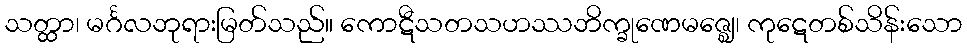
သတ္ထာ၊ မင်္ဂလဘုရားမြတ်သည်။ ကောဋီသတသဟဿဘိက္ခုဏေမဇ္ဈေ၊ ကုဋေတစ်သိန်းသော